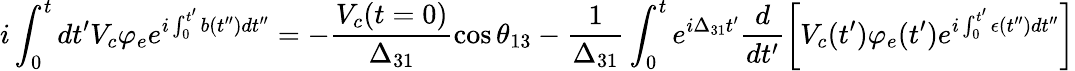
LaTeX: i\int_{0}^{t}dt^{\prime}V_{c}\varphi_{e}e^{i\int_{0}^{t^{\prime}}b(t^{\prime\prime})dt^{\prime\prime}}=-\frac{V_{c}(t=0)}{\Delta_{31}}\cos{\theta_{13}}-\frac{1}{\Delta_{31}}\int_{0}^{t}e^{i\Delta_{31}t^{\prime}}\frac{d}{dt^{\prime}}\left[V_{c}(t^{\prime})\varphi_{e}(t^{\prime})e^{i\int_{0}^{t^{\prime}}\epsilon(t^{\prime\prime})dt^{\prime\prime}}\right]